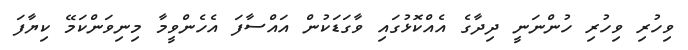
ވިހުރި ވިހުރި ހުންނަނީ ދިދާގެ އެެެއްކޮޅުގައި ވާގަޑަކުން އައްސާފަ އެހެންވީމާ މިނިވަންކަމޭ ކިޔާފަ